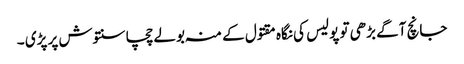
جانچ آگے بڑھی تو پولیس کی نگاہ مقتول کے منہ بولے چچا سنتوش پر پڑی ۔